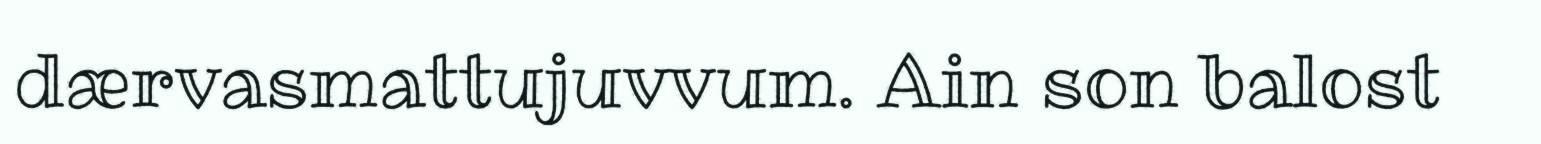
dærvasmattujuvvum. Ain son balost